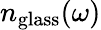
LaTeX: n_{\mathrm{glass}}(\omega)